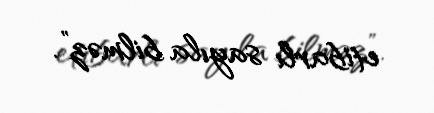
etibarlı sayıla bilməz”.